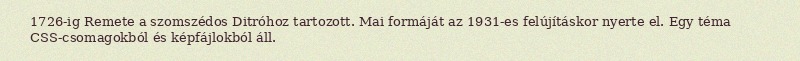
1726-ig Remete a szomszédos Ditróhoz tartozott. Mai formáját az 1931-es felújításkor nyerte el. Egy téma CSS-csomagokból és képfájlokból áll.